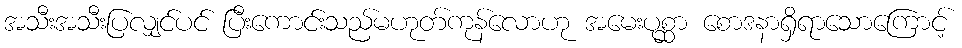
အသီးအသီးပြလျှင်ပင် ပြီးကောင်းသည်မဟုတ်ကုန်လောဟု အမေးပုစ္ဆာ စောဒနာရှိရာသောကြောင့်